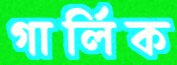
গার্লিক